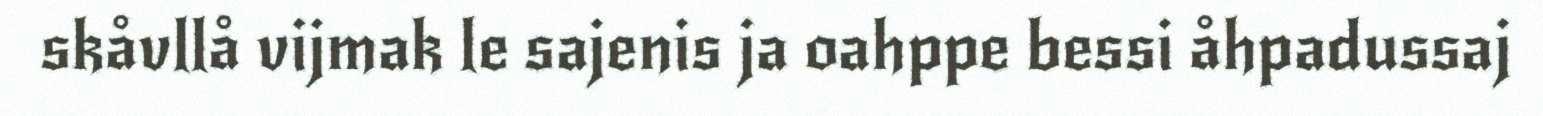
skåvllå vijmak le sajenis ja oahppe bessi åhpadussaj